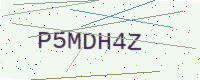
Text: P5MDH4Z